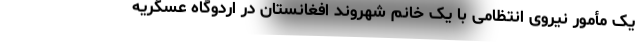
یک مأمور نیروی انتظامی با یک خانم شهروند افغانستان در اردوگاه عسگریه